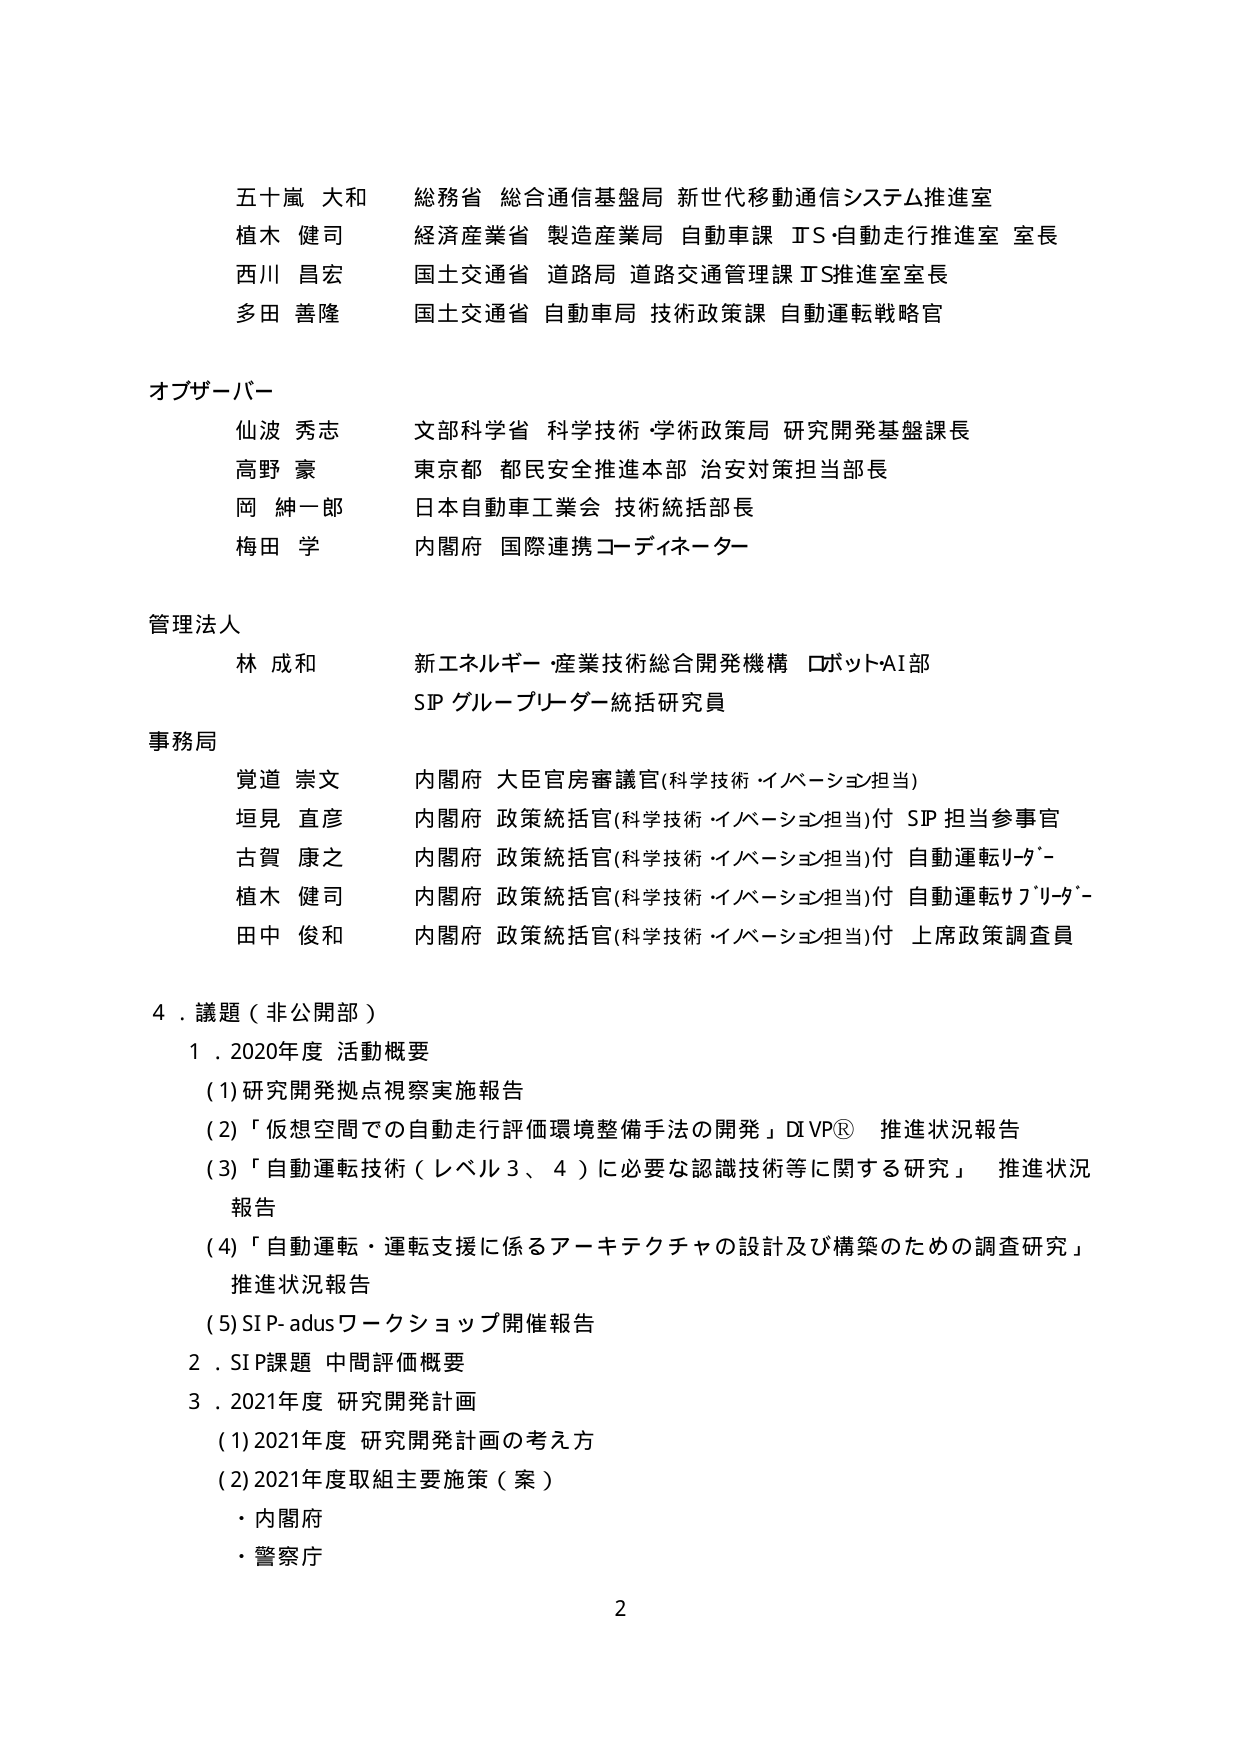
五十嵐 大和 総務省 総合通信基盤局 新世代移動通信システム推進室
植木 健司 経済産業省 製造産業局 自動車課 ITS・自動走行推進室 室長
西川 昌宏 国土交通省 道路局 道路交通管理課 ITS推進室室長
多田 善隆 国土交通省 自動車局 技術政策課 自動運転戦略官

オブザーバー
仙波 秀志 文部科学省 科学技術・学術政策局 研究開発基盤課長
高野 豪 東京都 都民安全推進本部 治安対策担当部長
岡 紳一郎 日本自動車工業会 技術統括部長
梅田 学 内閣府 国際連携コーディネーター

管理法人
林 成和 新エネルギー・産業技術総合開発機構 ロボットAI部
SP グループリーダー統括研究員

事務局
覚道 崇文 内閣府 大臣官房審議官(科学技術・イノベーション担当)
垣見 直彦 内閣府 政策統括官(科学技術・イノベーション担当)付 SP 担当参事官
古賀 康之 内閣府 政策統括官(科学技術・イノベーション担当)付 自動運転リーダー
植木 健司 内閣府 政策統括官(科学技術・イノベーション担当)付 自動運転サブリーダー
田中 俊和 内閣府 政策統括官(科学技術・イノベーション担当)付 上席政策調査員

4．議題（非公開部）
1．2020年度 活動概要
(1) 研究開発拠点視察実施報告
(2) 「仮想空間での自動走行評価環境整備手法の開発」DIVP® 推進状況報告
(3) 「自動運転技術（レベル3、4）に必要な認識技術等に関する研究」 推進状況報告
(4) 「自動運転・運転支援に係るアーキテクチャの設計及び構築のための調査研究」 推進状況報告
(5) SIP-adusワークショップ開催報告
2．SIP課題 中間評価概要
3．2021年度 研究開発計画
(1) 2021年度 研究開発計画の考え方
(2) 2021年度取組主要施策（案）
・内閣府
・警察庁

2